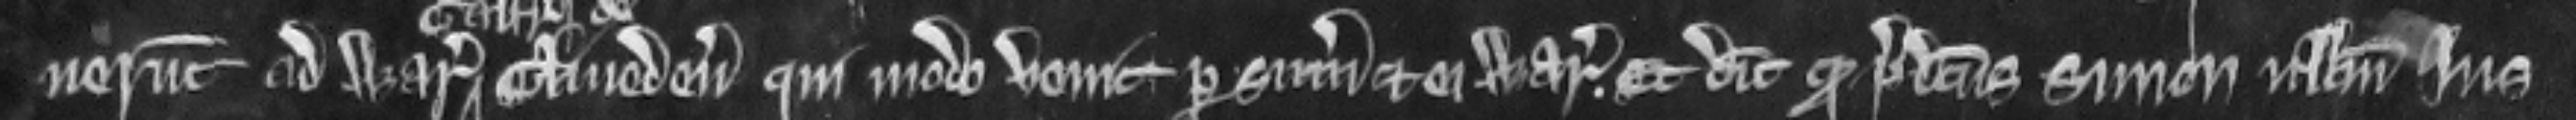
verunt ad warantum Cliveden qui modo venit per summonitores et ei warantizat et dicit quod predictus Simon nullum jus